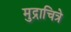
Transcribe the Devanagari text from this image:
मुद्राचित्रे